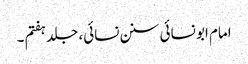
امام ابو نسائی سنن نسائی، جلد ہفتم ۔